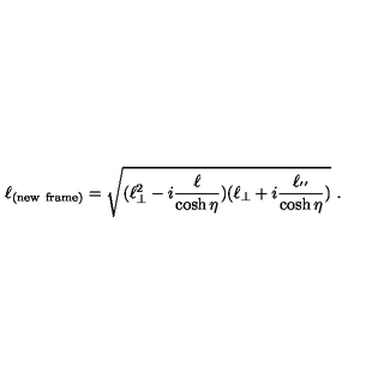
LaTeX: \ell _ { ( \mathrm { n e w \ f r a m e ) } } = \sqrt { ( \ell _ { \bot } ^ { 2 } - i \frac { \ell } { \cosh \eta } ) ( \ell _ { \bot } + i \frac { \ell _ { ' ^ { \prime } } } { \cosh \eta } ) } \ .